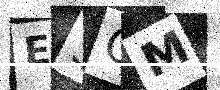
Text: E5CM